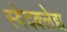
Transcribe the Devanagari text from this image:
स्वेदक्लेद्य